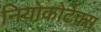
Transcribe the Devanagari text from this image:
नियोकोर्टेक्स